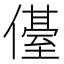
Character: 㒗